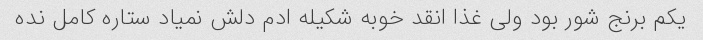
یکم برنج شور بود ولی غذا انقد خوبه شکیله ادم دلش نمیاد ستاره کامل نده